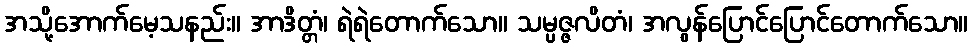
အသို့အောက်မေ့သနည်း။ အာဒိတ္တံ၊ ရဲရဲတောက်သော။ သမ္ပဇ္ဇလိတံ၊ အလွန်ပြောင်ပြောင်တောက်သော။